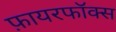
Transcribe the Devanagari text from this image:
फ़ायरफॉक्स